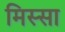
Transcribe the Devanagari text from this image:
मिस्सा